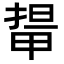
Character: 𭻛